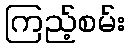
ကြည့်စမ်း